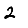
Digit: 2